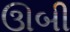
ઊબી